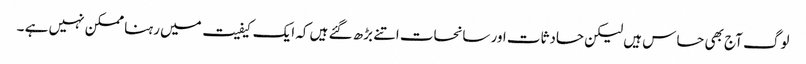
لوگ آج بھی حساس ہیں لیکن حادثات اور سانحات اتنے بڑھ گئے ہیں کہ ایک کیفیت میں رہنا ممکن نہیں ہے ۔